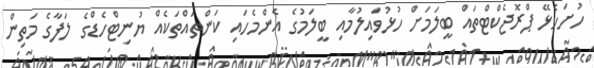
ހުށަހެޅޭ ޕްރޮޖެކްޓްތައް ބީލަމަށް ހުޅުވައިލުމާއި ބީލަމުގެ އެންމެހައި ކަންތައްތަކެއް ޔުނިޓްހެޑްގެ ލަފާގެ މަތިން